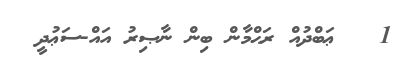
1   ޢަބްދުއް ރަޙްމާން ބިން ނާޞިރު އައް-ސަޢުދީ